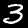
Label: 3